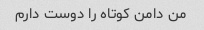
من دامن کوتاه را دوست دارم